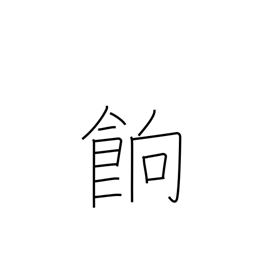
Meaning: (dried) boiled rice